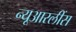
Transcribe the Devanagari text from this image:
न्यूआरलींस